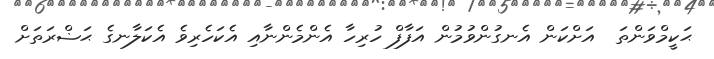
ޙަކީމްވަންތަ  އަށްކަން އެނގުންވުމުން އަފާފް ހުރިހާ އެންމެންނާއި އެކަހެރިވެ އެކަލާނގެ ޙަޟްރަތަށް